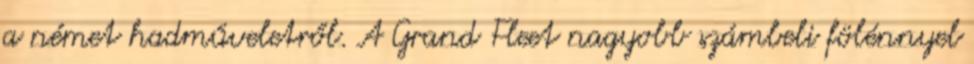
a német hadműveletről. A Grand Fleet nagyobb számbeli fölénnyel